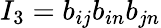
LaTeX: I_{3}=b_{ij}b_{in}b_{jn}